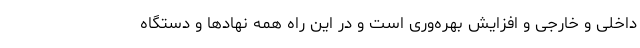
داخلی و خارجی و افزایش بهره‌وری است و در این راه همه نهادها و دستگاه